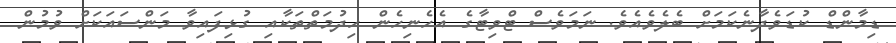
ޑިމާންޑް ކުޑަވެދާނެކަމަށް ބެލެވެއެވެ. ނަމަވެސް ޓްވިޓާގެ އެހެނިހެން ހިދުމަތްތަކާއި ގުޅިފައިވާ މަންސައަކަށް ވުމުން